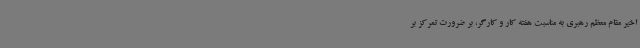
اخیر مقام معظم رهبری به مناسبت هفته کار و کارگر، بر ضرورت تمرکز بر